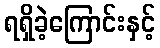
ရရှိခဲ့ကြောင်းနှင့်